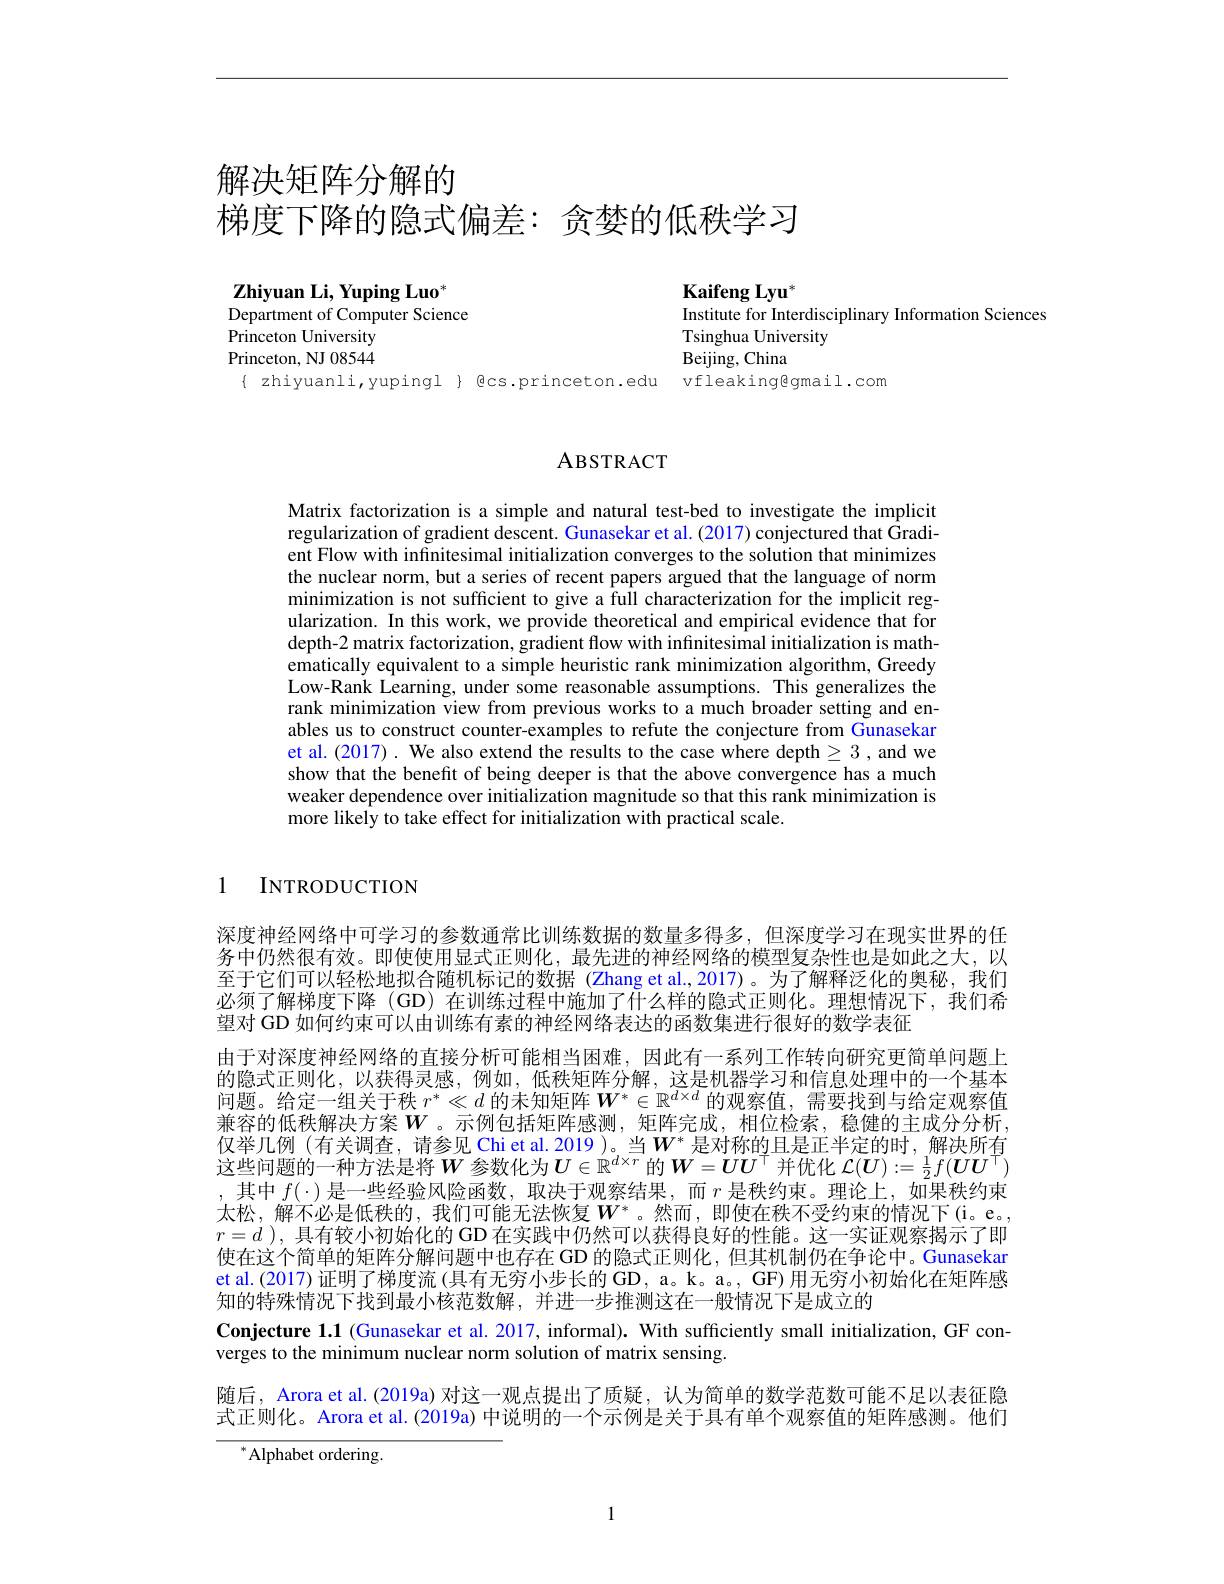
# 解决矩阵分解的梯度下降的隐式偏差：贪婪的低秩学习

$\textbf{Zhiyuan Li, Yuping Luo}^{*}$
Department of Computer Science
Princeton University Princeton, NJ 08544

Kaifeng Lyu$^*$
Institute for Interdisciplinary Information Sciences
Tsinghua University
Beijing, China
{ zhiyuanli,yupingl } ecs.princeton.edu vfleaking@gmail.com

# ABSTRACT

Matrix factorization is a simple and natural test-bed to investigate the implicit regularization of gradient descent. Gunasekar et al. (2017) conjectured that Gradient Flow with infnitesimal initialization converges to the solution that minimizes the nuclear norm, but a series of recent papers argued that the language of norm minimization is not sufficient to give a full characterization for the implicit regularization. In this work, we provide theoretical and empirical evidence that for depth-2 matrix factorization, gradient flow with infinitesimal initialization is mathematically equivalent to a simple heuristic rank minimization algorithm, Greedy Low-Rank Learning, under some reasonable assumptions. This generalizes the rank minimization view from previous works to a much broader setting and enables us to construct counter-examples to refute the conjecture from Gunasekar et al.(2017) . We also extend the results to the case where depth $\geq3$ , and we show that the benefit of being deeper is that the above convergence has a much weaker dependence over initialization magnitude so that this rank minimization is more likely to take effect for initialization with practical scale.

1

INTRODUCTION

深度神经网络中可学习的参数通常比训练数据的数量多得多，但深度学习在现实世界的任务中仍然很有效。即使使用显式正则化，最先进的神经网络的模型复杂性也是如此之大，以至于它们可以轻松地拟合随机标记的数据(Zhang et al.,2017)。为了解释泛化的奥秘，我们必须了解梯度下降 (GD) 在训练过程中施加了什么样的隐式正则化。理想情况下，我们希望对 GD 如何约束可以由训练有素的神经网络表达的函数集进行很好的数学表征
由于对深度神经网络的直接分析可能相当困难，因此有一系列工作转向研究更简单问题上的隐式正则化，以获得灵感，例如，低秩矩阵分解，这是机器学习和信息处理中的一个基本问题。给定一组关于秩$r^*\ll d$的未知矩阵$\boldsymbol{W}^*\in\mathbb{R}^{d\times d}$的观察值，需要找到与给定观察值兼容的低秩解决方案$W$。示例包括矩阵感测，矩阵完成，相位检索，稳健的主成分分析， 仅举几例(有关调查，请参见 Chi et al. 2019 )。当$W^*$ 是对称的且是正半定的时，解决所有这些问题的一种方法是将$W$参数化为$U\in\mathbb{R}^d\times r$的$\boldsymbol W=\boldsymbol UU^\top$并优化 $\mathcal{L}(\boldsymbol{U}):=\frac12f(\boldsymbol{U}\boldsymbol{U}^\top)$ ,其中$f(\cdot)$是一些经验风险函数，取决于观察结果，而$r$是秩约束。理论上，如果秩约束太松，解不必是低秩的，我们可能无法恢复$W^*$。然而，即使在秩不受约束的情况下(i。e。, $r=d$ ),具有较小初始化的 GD 在实践中仍然可以获得良好的性能。这一实证观察揭示了即使在这个简单的矩阵分解问题中也存在 GD 的隐式正则化，但其机制仍在争论中。Gunasekar et al.(2017) 证明了梯度流 (具有无穷小步长的 GD, a。k。a。, GF) 用无穷小初始化在矩阵感知的特殊情况下找到最小核范数解，并进一步推测这在一般情况下是成立的
Conjecture 1.1 (Gunasekar et al. 2017, informal). With sufficiently small initialization, GF con-
verges to the minimum nuclear norm solution of matrix sensing.
随后，Arora et al.(2019a) 对这一观点提出了质疑，认为简单的数学范数可能不足以表征隐式正则化。Arora et al. (2019a) 中说明的一个示例是关于具有单个观察值的矩阵感测。他们
$^{*}$Alphabet ordering.

1